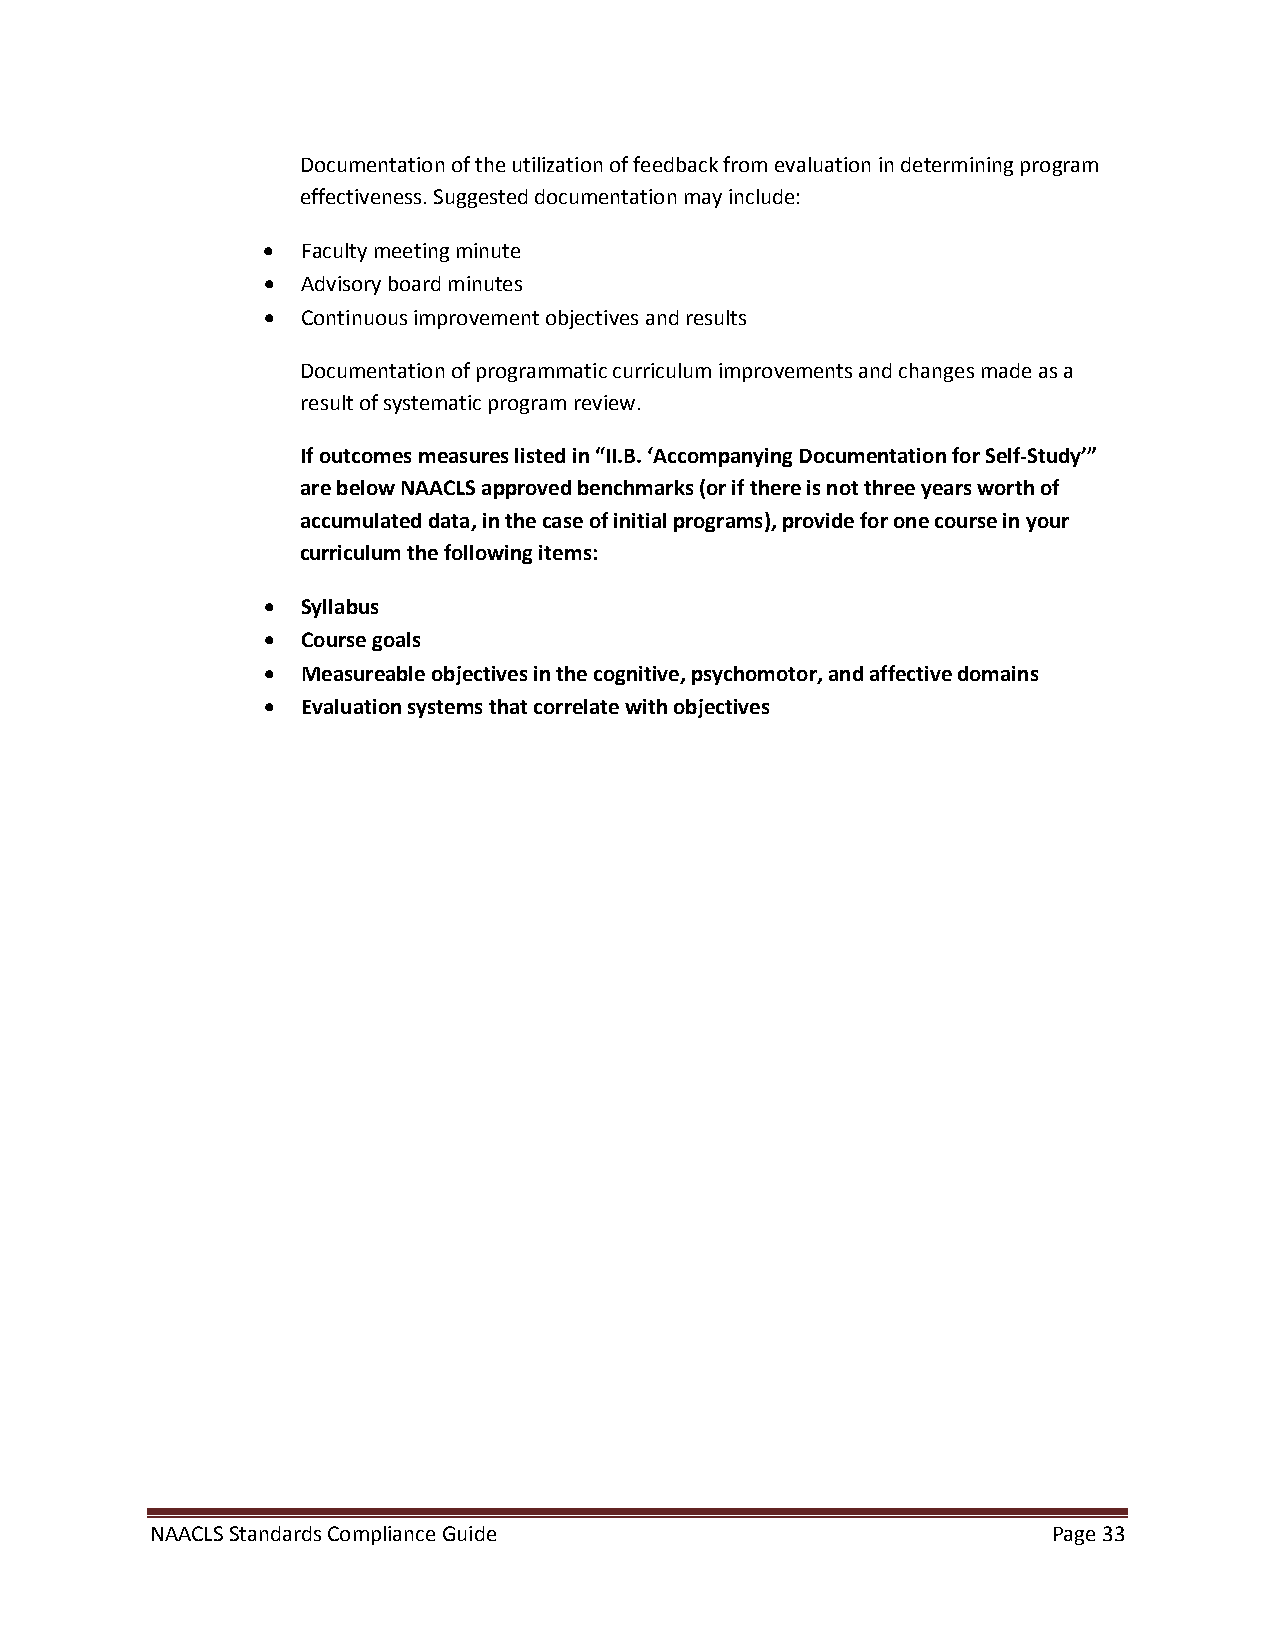
Documentation of the utilization of feedback from evaluation in determining program
 effectiveness. Suggested documentation may include:
 •  Faculty meeting minute
 •  Advisory board minutes
 •  Continuous improvement objectives and results
 Documentation of programmatic curriculum improvements and changes made as a
 result of systematic program review.
 If outcomes measures listed in “II.B. ‘Accompanying Documentation for Self-Study’”
 are below NAACLS approved benchmarks (or if there is not three years worth of
 accumulated data, in the case of initial programs), provide for one course in your
 curriculum the following items:
 •  Syllabus
 •  Course goals
 •  Measureable objectives in the cognitive, psychomotor, and affective domains
 •  Evaluation systems that correlate with objectives
 NAACLS Standards Compliance Guide                           Page 33